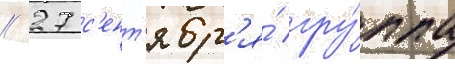
// 27 с'ент'ябр'я́ гру́ппа